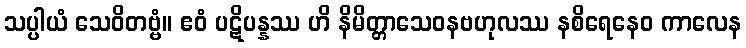
သပ္ပါယံ သေဝိတဗ္ဗံ။ ဧဝံ ပဋိပန္နဿ ဟိ နိမိတ္တာသေဝနဗဟုလဿ နစိရေနေဝ ကာလေန